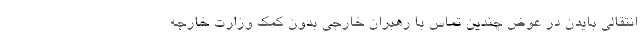
انتقالی بایدن در عوض چندین تماس با رهبران خارجی بدون کمک وزارت خارجه